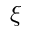
\boldsymbol { \xi }